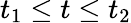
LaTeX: t_{1}\leq t\leq t_{2}